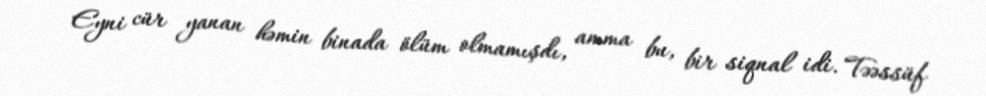
Eyni cür yanan həmin binada ölüm olmamışdı, amma bu, bir siqnal idi. Təəssüf